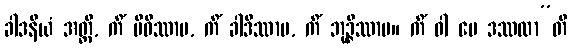
ခါဒနီယံ အတ္ထိ, ကိံ ပိဝိဿာမ, ကိံ ခါဒိဿာမ, ကိံ ဘုဉ္ဇိဿာမ။ ကိံ ဝါ မေ ဒဿထာ”တိ